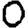
Digit: 0